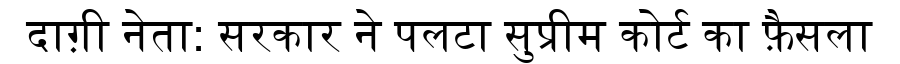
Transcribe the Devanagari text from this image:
दाग़ी नेता: सरकार ने पलटा सुप्रीम कोर्ट का फ़ैसला